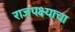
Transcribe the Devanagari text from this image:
राजपक्ष्याचा